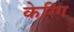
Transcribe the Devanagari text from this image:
केरिंग